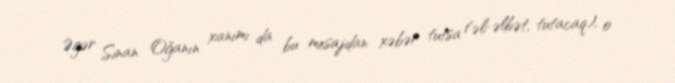
Əgər Sinan Oğanın xanımı da bu mesajdan xəbər tutsa (əl-əlbət, tutacaq), o